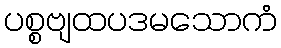
ပစ္စဗျထပဒမသောကံ